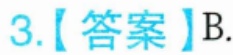
3.【答案】B.